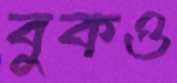
বুকও